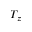
T _ { z }